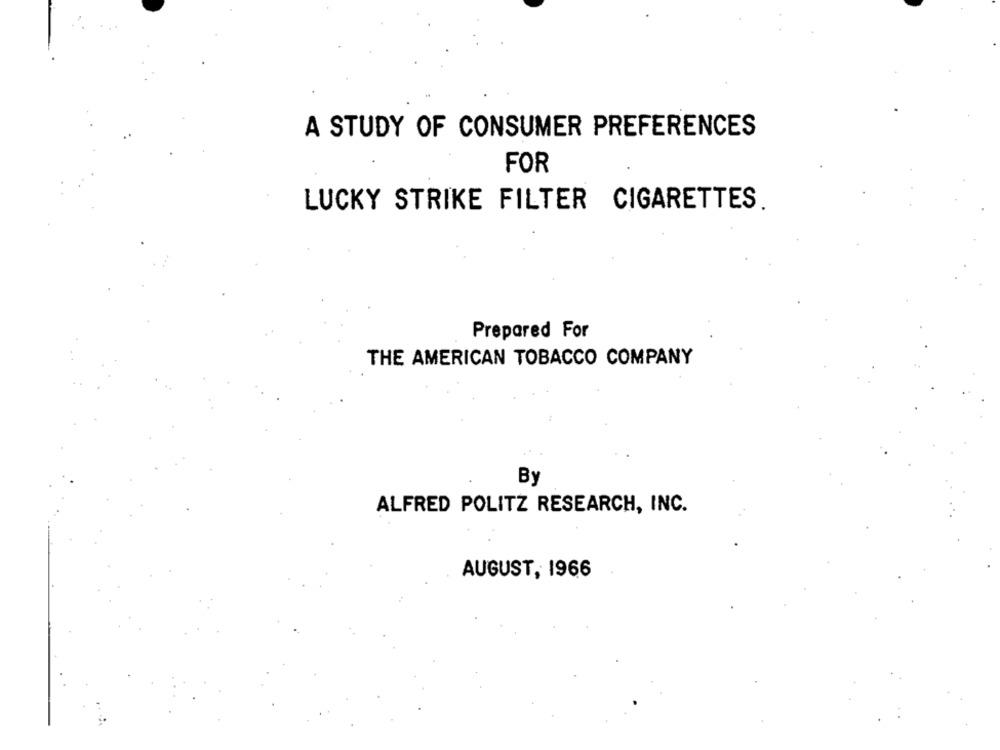
A STUDY OF CONSUMER PREFERENCES
FOR
LUCKY STRIKE FILTER
CIGARETTES
Prepared For
THE AMERICAN TOBACCO COMPANY
By
ALFRED POLITZ RESEARCH, INC.
AUGUST, 1966